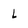
Character: l